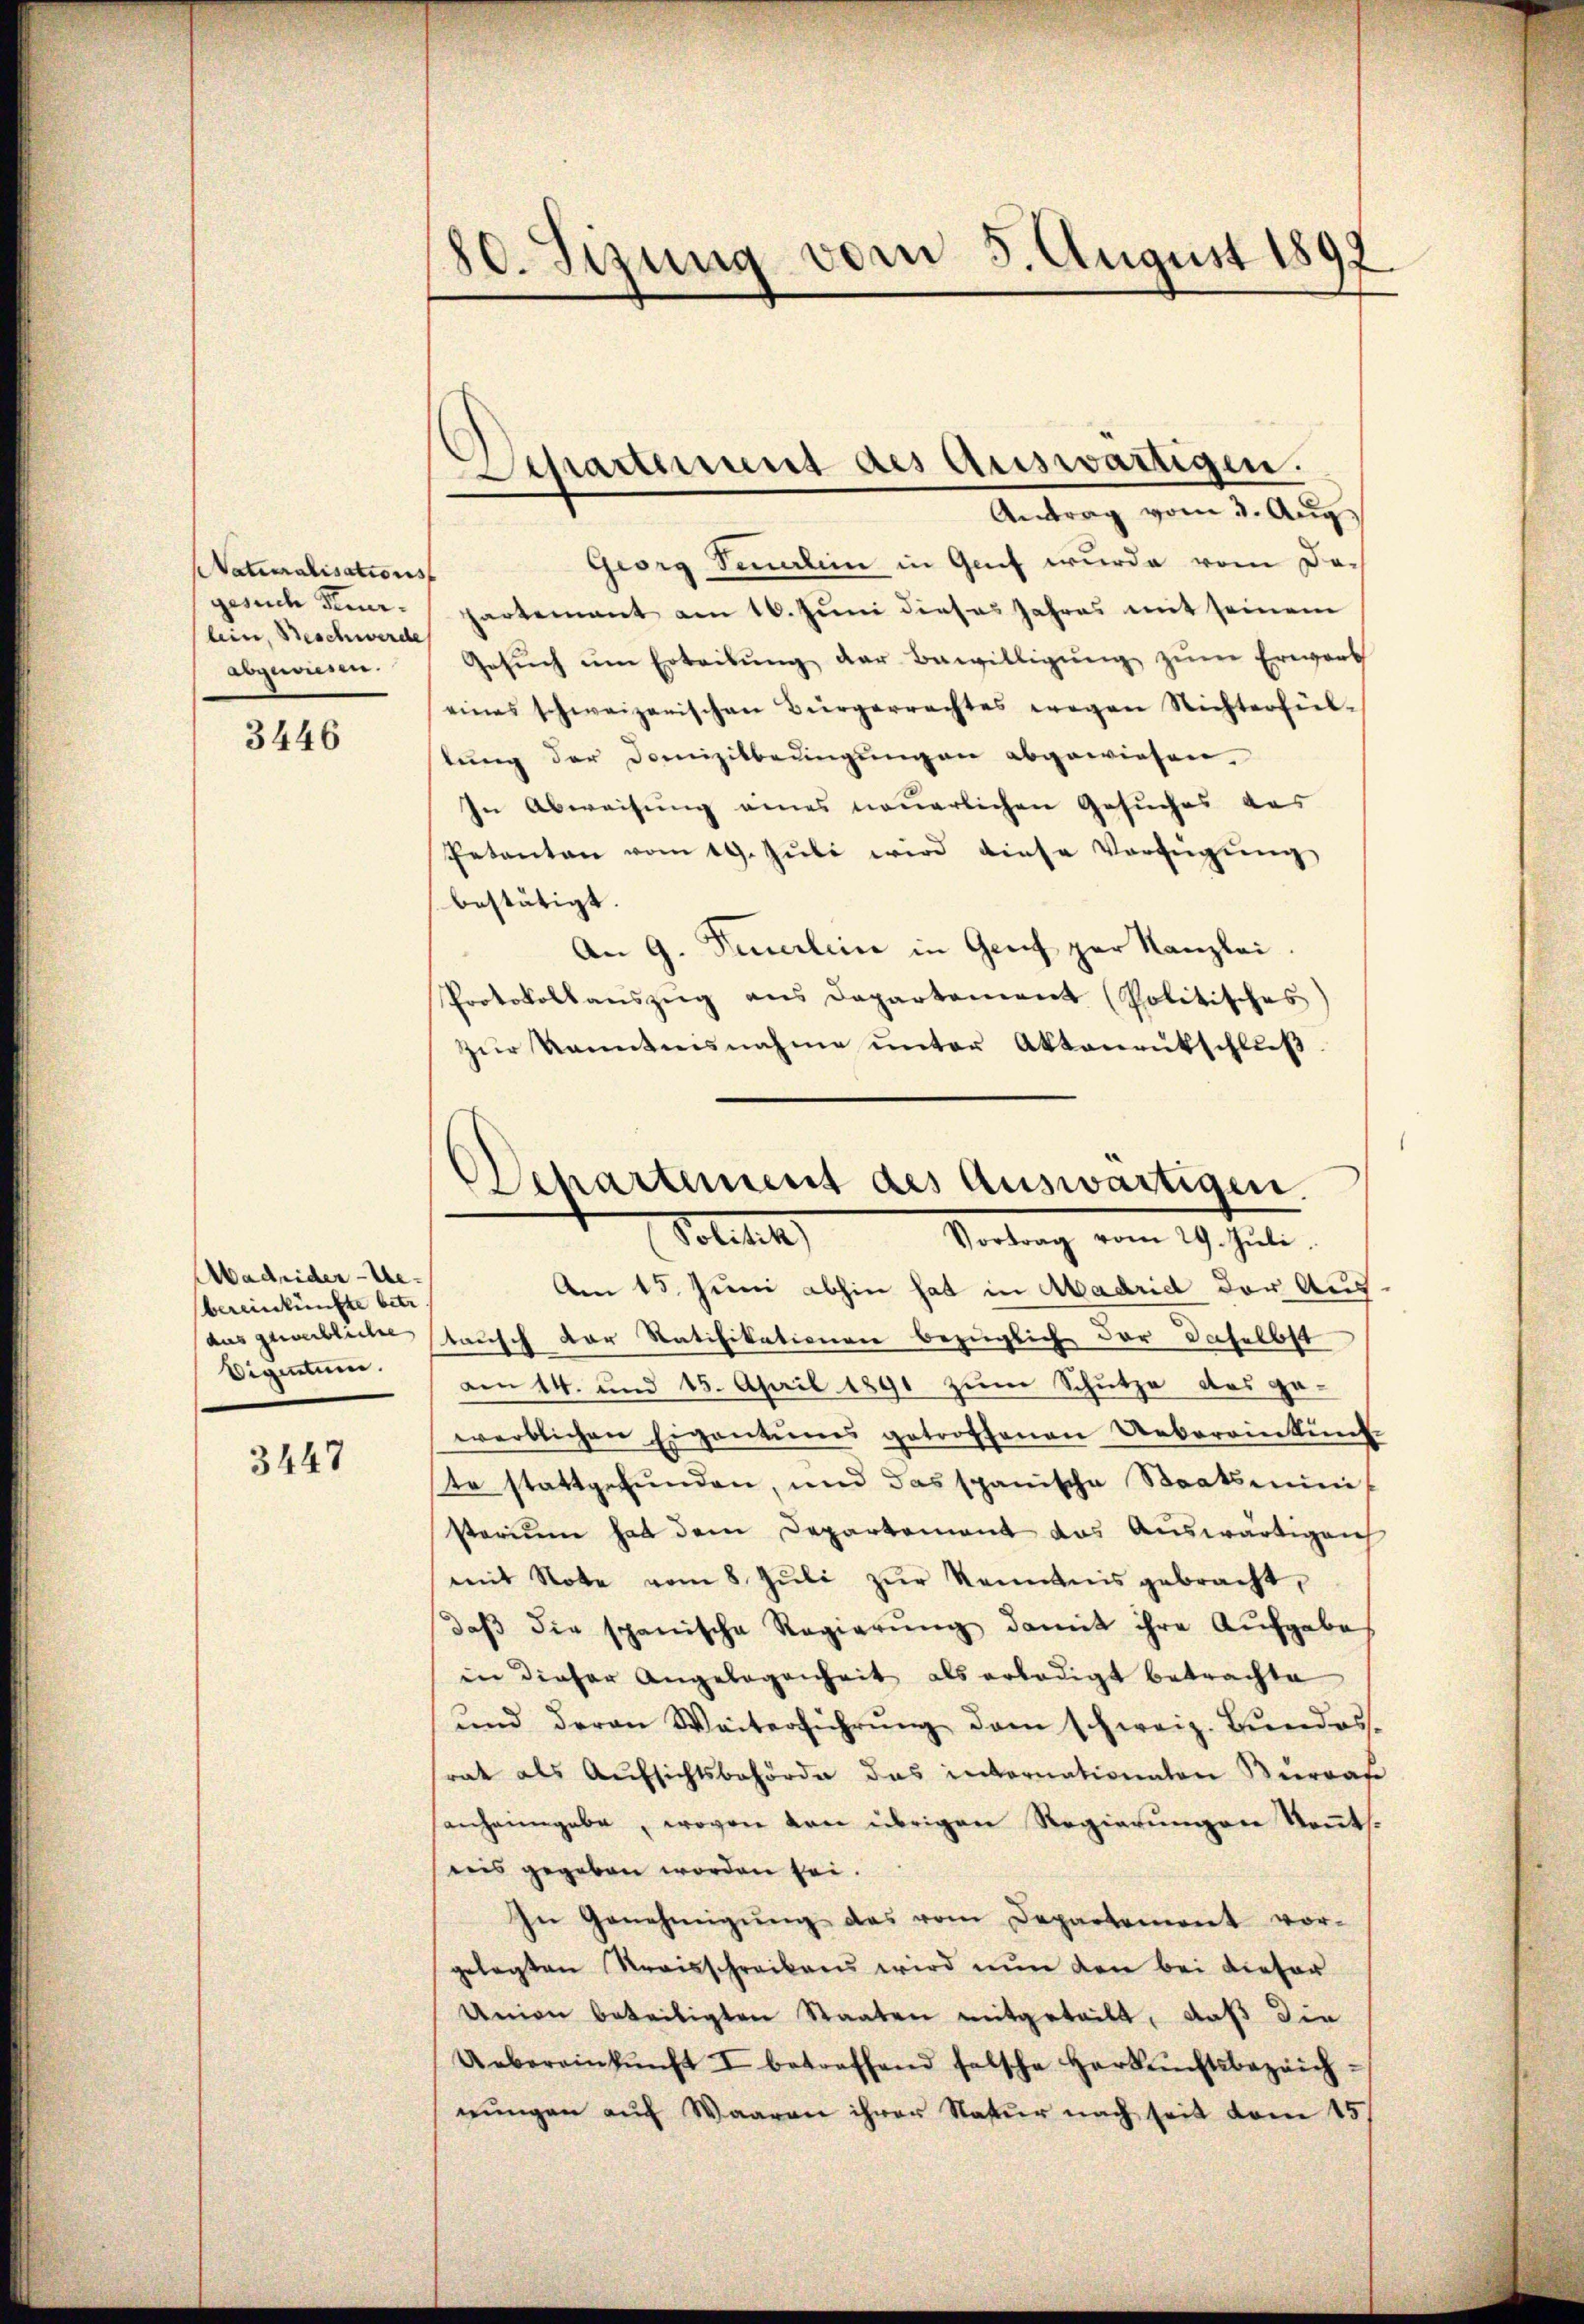
atuoralisations
gesuch Feuerlein, Beschwerde
abgewiesen.

3446

Aadrider-Uebereinkünfte betr
Eigentum.

3447

80. Sizung vom 5. August 189.

Georg Feuerlin in Genf wurde vom Dohartement am 16. Juni dieses Jahres mit seinem
Gesŭch ŭm Erteibŭng der Bewilligŭng zŭm Erwart
eines schweizerischen Bürgerrachtes wegen Nichterfülstŭng der Domizilbedingŭngen abgewiesen.
In Abweisung eines neuerlichen Gesuches das
Petenten vom 19. Jŭli wird diese Verfügŭng
bestätigt.
An 9. Feuerlein in Genf par Kanzlei
Protokollaŭszŭg ans Departement (Politisches
zur Kenntnisnahme unter Aktenrütschluß
.

Am 15. Juni abhin hat in Madrid der Aus
ausgeblicher stausch der Ratifikationen bezüglich der daselbst
an 14. und 15. April 1891 zum Schutze das ge-
werblichen Eigentums getroffenen Uebereinkunf
ste stattgefunden, und das spanische Staatsministerium hat dem Departement das Auswärtigen
mit Note vom 8. Jŭli zŭr Kenntnis gebracht,
daβ die spanische Regierŭng damit ihre Aufgabe
in dieser Angelegenheit als erledigt betrachte
ŭnd deren Weiterführŭng dem schweiz. Bŭndes.
srat als Aufsichtsbehörde das internationaten Burra
sanheimgebe, wovon von übrigen Regierŭngen Keṅts.
reis gegeben worden sei.
In Genehmigŭng des vom Departement vor-
gelegten Kreisschreibens wird nun den bei dieser
Union beteiligten Staaten mitgeteilt, daß die
Uebereinkunft I betreffend falsche Herkunftsbezeich-
nŭngen auf Waaren ihrer Natur nach seit vom 15.

Separtement des Auswärtigen.
Antrag vom 3. Aug.

Departement des Auswärtigen.
Soliti
Vortrag vom 29. Juli.